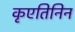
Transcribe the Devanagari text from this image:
कृएतिनिन